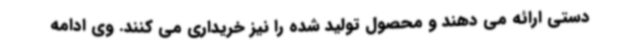
دستی ارائه می دهند و محصول تولید شده را نیز خریداری می کنند. وی ادامه